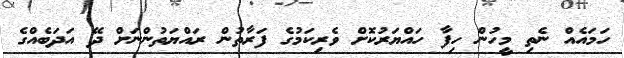
ހަމައެއް ނެތި މީހުން ހިފާ ހައްޔަރުކޮށް ވެރިކަމުގެ ފަރާތުން ރައްޔަތުންނަށް ދޭ އަދަބެއްގެ